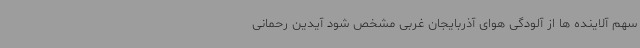
سهم آلاینده ها از آلودگی هوای آذربایجان غربی مشخص شود آیدین رحمانی